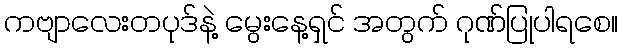
ကဗျာလေးတပုဒ်နဲ့ မွေးနေ့ရှင် အတွက် ဂုဏ်ပြုပါရစေ။